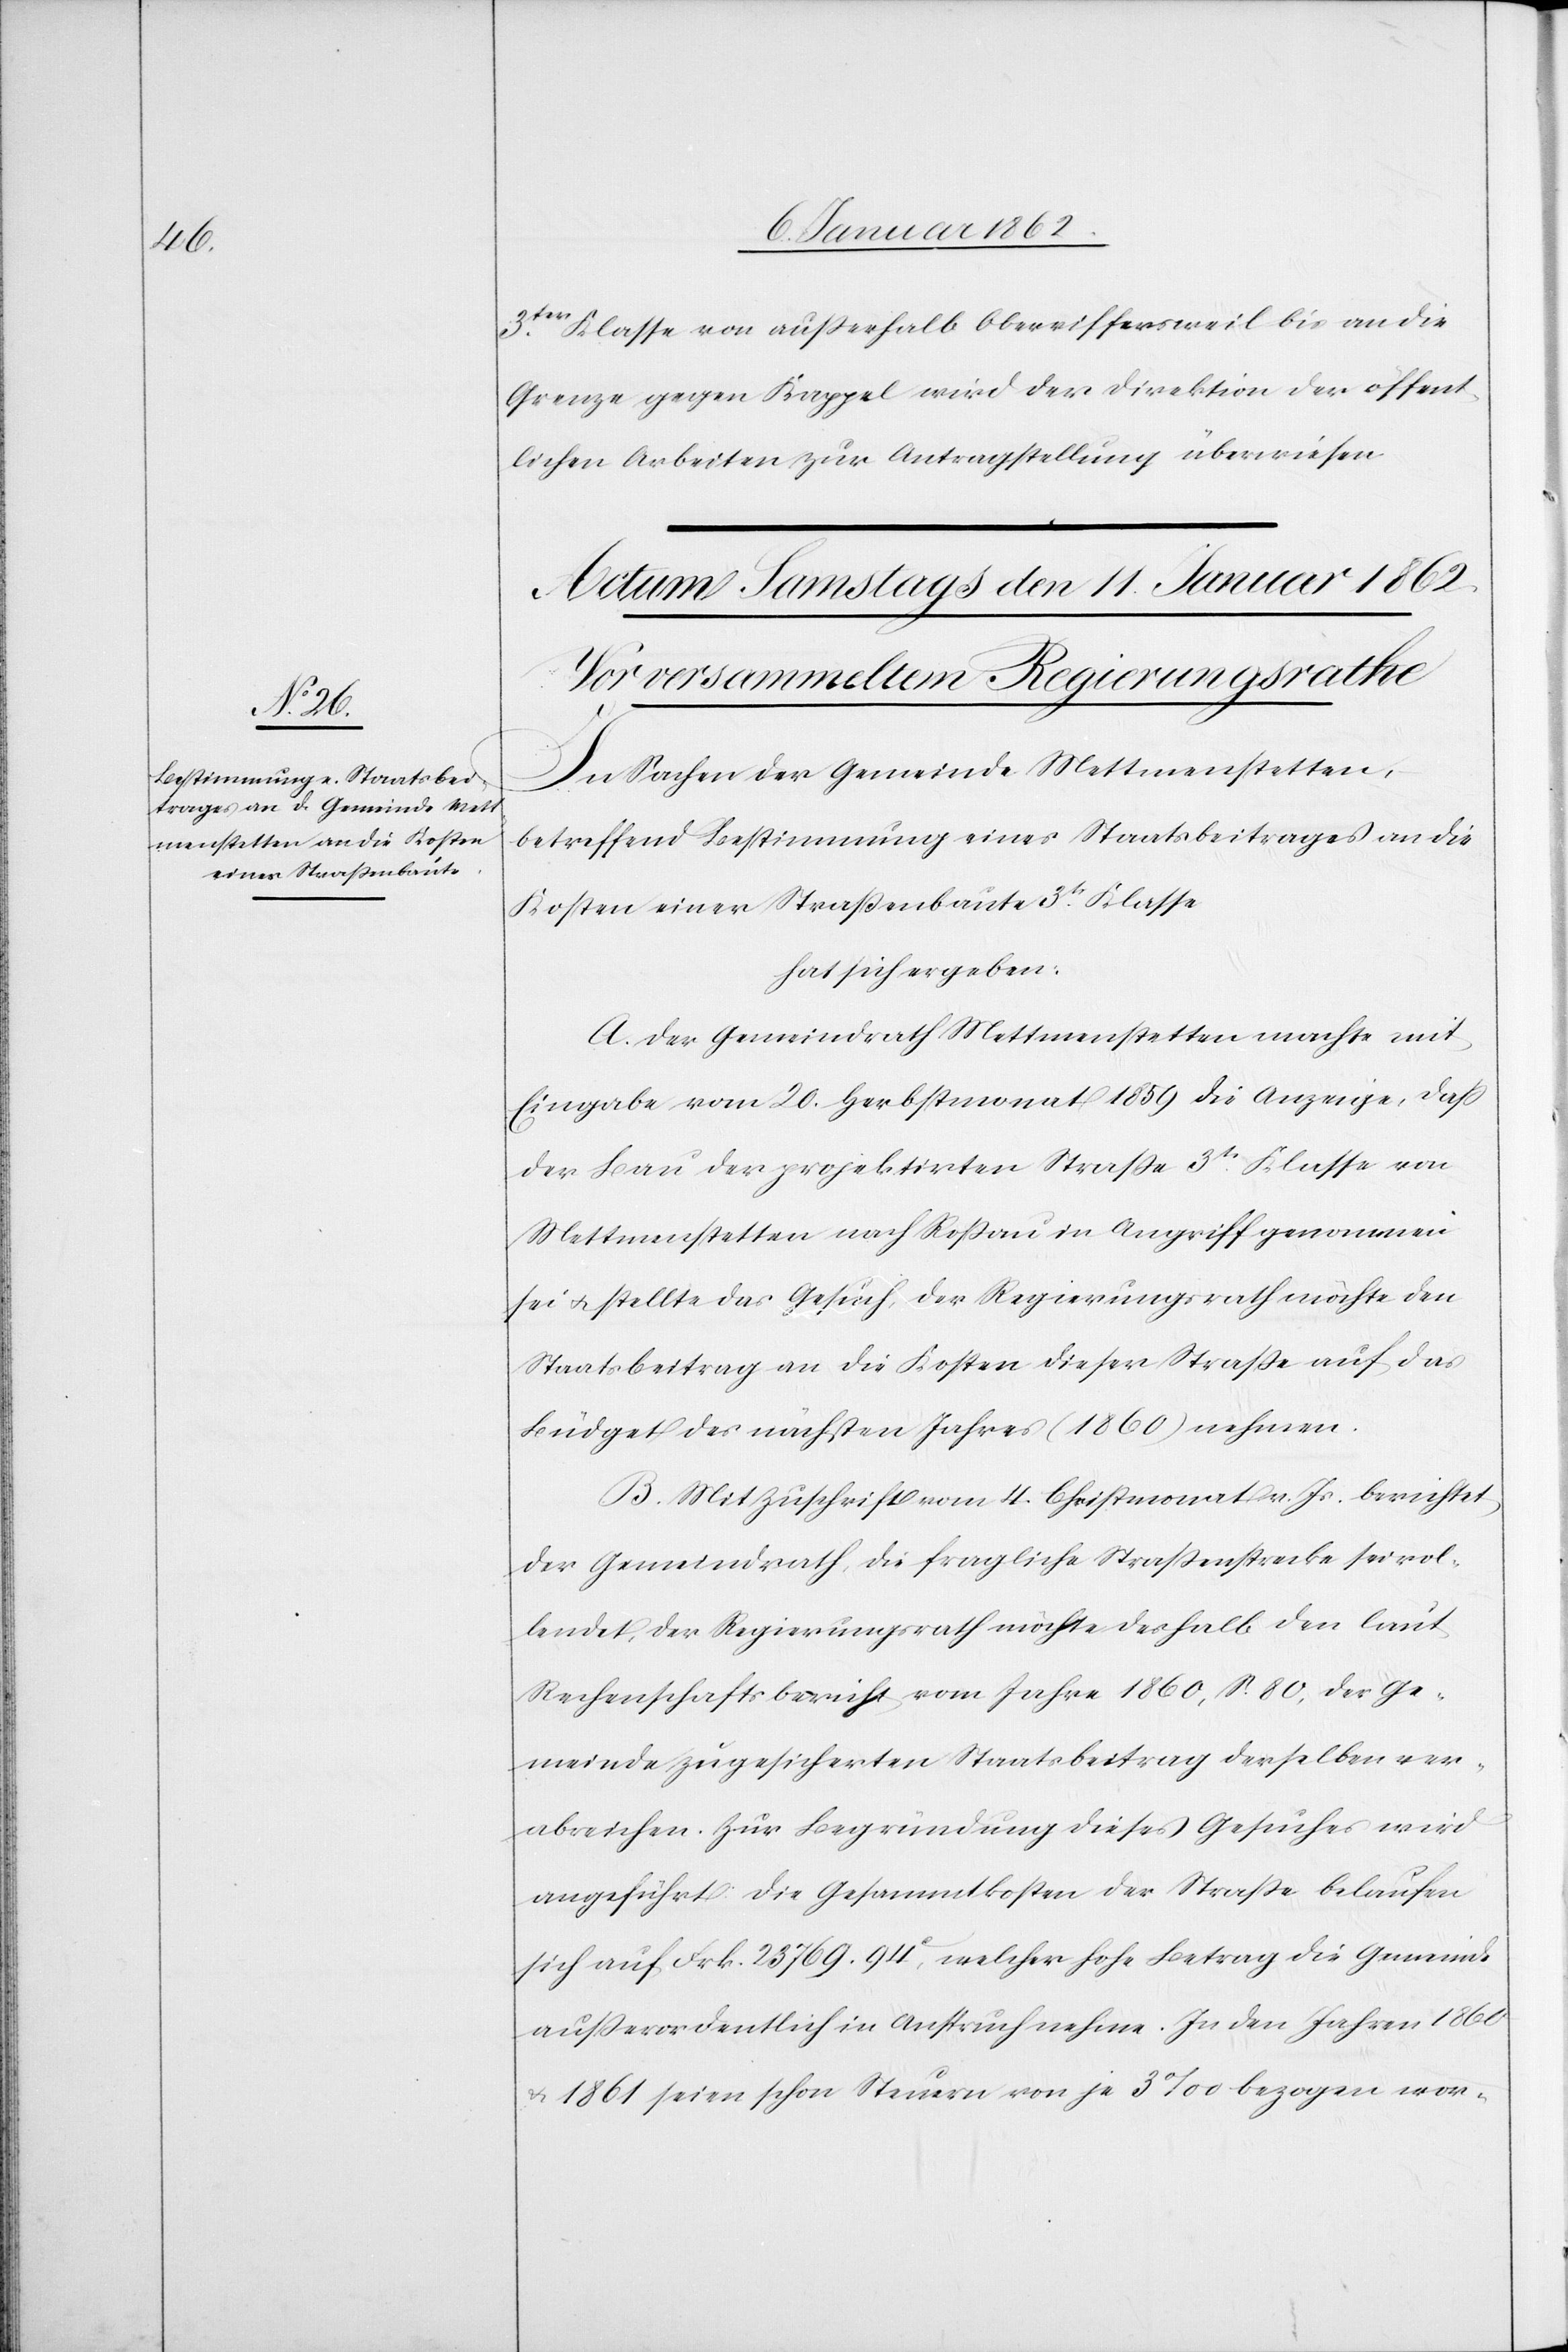
3ter. Klasse von außerhalb Oberriffersweil bis an die
Grenze gegen Kappel wird der Direktion der öffent¬
lichen Arbeiten zur Antragstellung überwiesen[.]
In Sachen der Gemeinde Mettmenstetten,
betreffend Bestimmung eines Staatsbeitrages an die
Kosten einer Straßenbaute 3tr. Klasse
hat sich ergeben:
A. Der Gemeindrath Mettmenstetten machte mit
Eingabe vom 20. Herbstmonat 1859 die Anzeige, daß
der Bau der projektirten Straße 3tr. Klasse von
Mettmenstetten nach Roßau in Angriff genommen
sei u. stellte das Gesuch, der Regierungsrath möchte den
Staatsbeitrag an die Kosten dieser Straße auf das
Büdget des nächsten Jahres (1860) nehmen.
B. Mit Zuschrift vom 4. Christmonat v. Js. berichtet
der Gemeindrath, die fragliche Straßenstrecke sei vol¬
lendet, der Regierungsrath möchte deshalb den laut
Rechenschaftsbericht vom Jahre 1860, S. 80, der Ge¬
meinde zugesicherten Staatsbeitrag derselben ver¬
abreichen. Zur Begründung dieses Gesuches wird
angeführt: Die Gesammtkosten der Straße belaufen
sich auf Frk. 23 769.94, welcher hohe Betrag die Gemeinde
außerordentlich in Anspruch nehme. In den Jahren 1860
u. 1861 seien schon Steuern von je 3‰ bezogen wor-